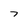
Character: 7